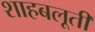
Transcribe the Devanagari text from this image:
शाहबलूती